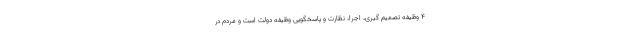
۴ وظیفه تصمیم گیری، اجرا، نظارت و پاسخگویی وظیفه دولت است و مردم در